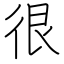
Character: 很